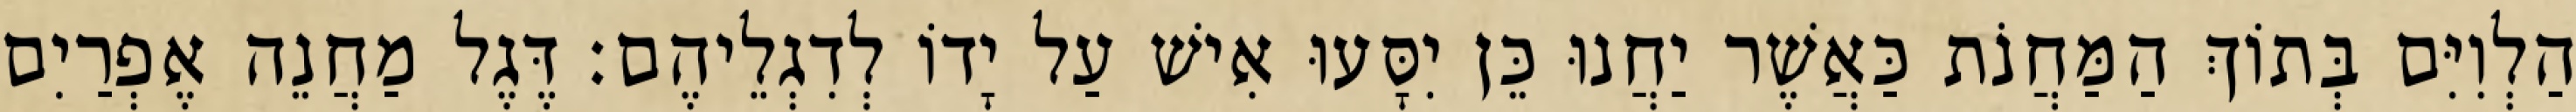
הַלְוִיִּם בְּתוֹךְ הַמַּחֲנֹת כַּאֲשֶׁר יַחֲנוּ כֵּן יִסָּעוּ אִישׁ עַל יָדוֹ לְדִגְלֵיהֶם׃ דֶּגֶל מַחֲנֵה אֶפְרַיִם